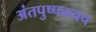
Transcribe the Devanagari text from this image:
अंतपुष्पकवच